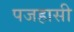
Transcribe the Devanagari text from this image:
पजहासी